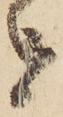
を